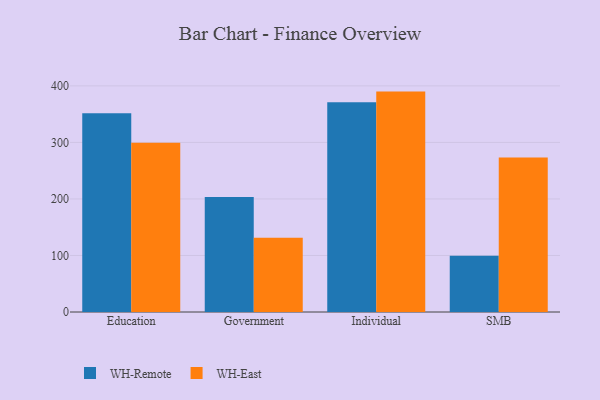
{"axis": {"x": "Segment", "y": "Temperature (°C)"}, "legend": ["WH-East", "WH-Remote"], "data": [{"x": "Education", "y": 351.8, "type": "WH-Remote"}, {"x": "Education", "y": 299.3, "type": "WH-East"}, {"x": "Government", "y": 203.6, "type": "WH-Remote"}, {"x": "Government", "y": 131.5, "type": "WH-East"}, {"x": "Individual", "y": 371.0, "type": "WH-Remote"}, {"x": "Individual", "y": 389.9, "type": "WH-East"}, {"x": "SMB", "y": 99.7, "type": "WH-Remote"}, {"x": "SMB", "y": 273.2, "type": "WH-East"}]}